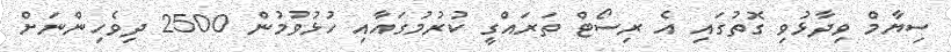
ސިޔާމް ވިދާޅުވި ގޮތުގައި އެ ރިސޯޓް ތަރައްގީ ކުރުމުގައާއި ހުޅުވުމުން 2500 ދިވެހިންނަށް